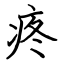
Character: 疼